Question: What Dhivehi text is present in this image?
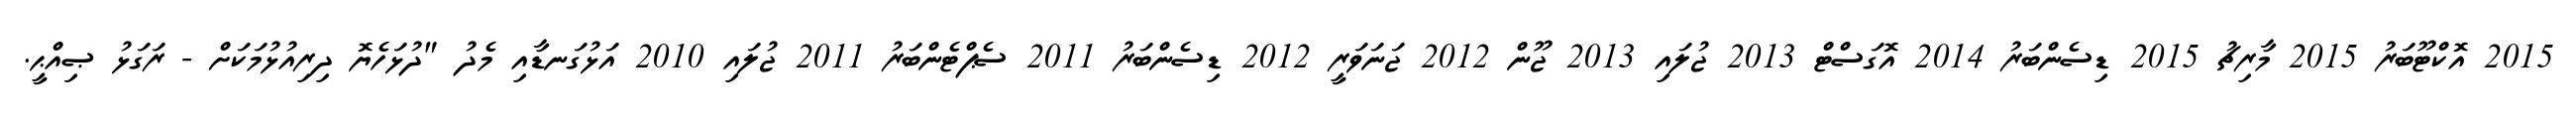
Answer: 2015 އޮކްޓޫބަރު 2015 މާރިޗު 2015 ޑިސެންބަރު 2014 އޮގަސްޓް 2013 ޖުލައި 2013 ޖޫން 2012 ޖަނަވަރީ 2012 ޑިސެންބަރު 2011 ސެޕްޓެންބަރު 2011 ޖުލައި 2010 އަޅުގަނޑާއި މެދު "ދުޅަހެޔޮ ދިރިއުޅުމަކަށް - ރަގަޅު ޞިއްޙީ.